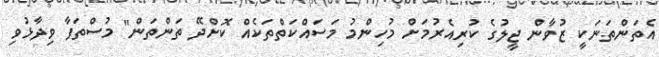
އެތަންތަނަކީ ޒުވާން ޖީލުގެ ކުރިއެރުމަށް މުހިންމު މަސައްކަތްތަކެއް ކޮށްދޭ ތަންތަން" މުސްތަފާ ވިދާޅުވި